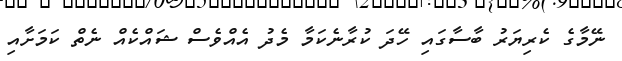
ނޭމާގެ ކެރިޔަރު ބާސާގައި ހޭދަ ކުރާނެކަމާ މެދު އެއްވެސް ޝައްކެއް ނެތް ކަމަށާއި